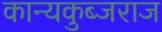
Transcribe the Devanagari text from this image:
कान्यकुब्जराज